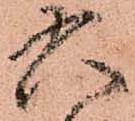
六